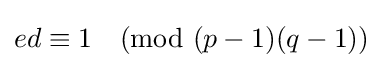
ed\equiv 1{\pmod {(p-1)(q-1)}}